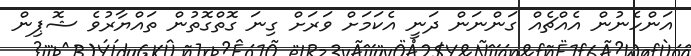
އަންހެނުން އެއްޗެއް ގަންނަން ދަނީ އެކަމަށް ވަރަށް ގިނަ ގޮތްގޮތުން ތައްޔާރުވެ ޝޮޕިން